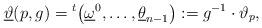
LaTeX: \begin{gather*}\underline \vartheta(p,g)={}^t\big(\underline\omega^0,\dots,\underline\theta_{n-1}\big):= g^{-1}\cdot \vartheta_p,\end{gather*}